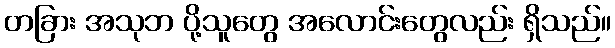
တခြား အသုဘ ပို့သူတွေ အလောင်းတွေလည်း ရှိသည်။